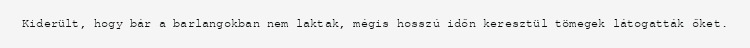
Kiderült, hogy bár a barlangokban nem laktak, mégis hosszú időn keresztül tömegek látogatták őket.